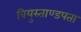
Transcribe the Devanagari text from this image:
वियुस्ताण्डपता